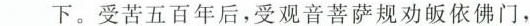
___下。受苦五百年后，受观音菩萨规劝皈依佛门，